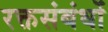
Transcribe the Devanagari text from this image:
रक्तसंबंधों